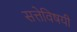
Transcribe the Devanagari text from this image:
सत्तेविषयी